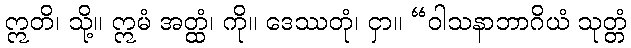
ဣတိ၊ သို့။ ဣမံ အတ္ထံ၊ ကို။ ဒေဿတုံ၊ ငှာ။ “ဝါသနာဘာဂိယံ သုတ္တံ